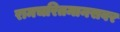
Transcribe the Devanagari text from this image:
रामचरितमानसवर